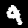
Digit: 9